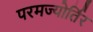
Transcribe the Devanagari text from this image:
परमज्‍योर्तिर